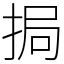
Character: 挶